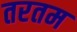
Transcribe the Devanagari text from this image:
तरतम